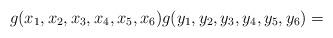
LaTeX: \begin{align*} g(x_1,x_2,x_3,x_4,x_5,x_6) g(y_1,y_2,y_3,y_4,y_5,y_6)= \end{align*}